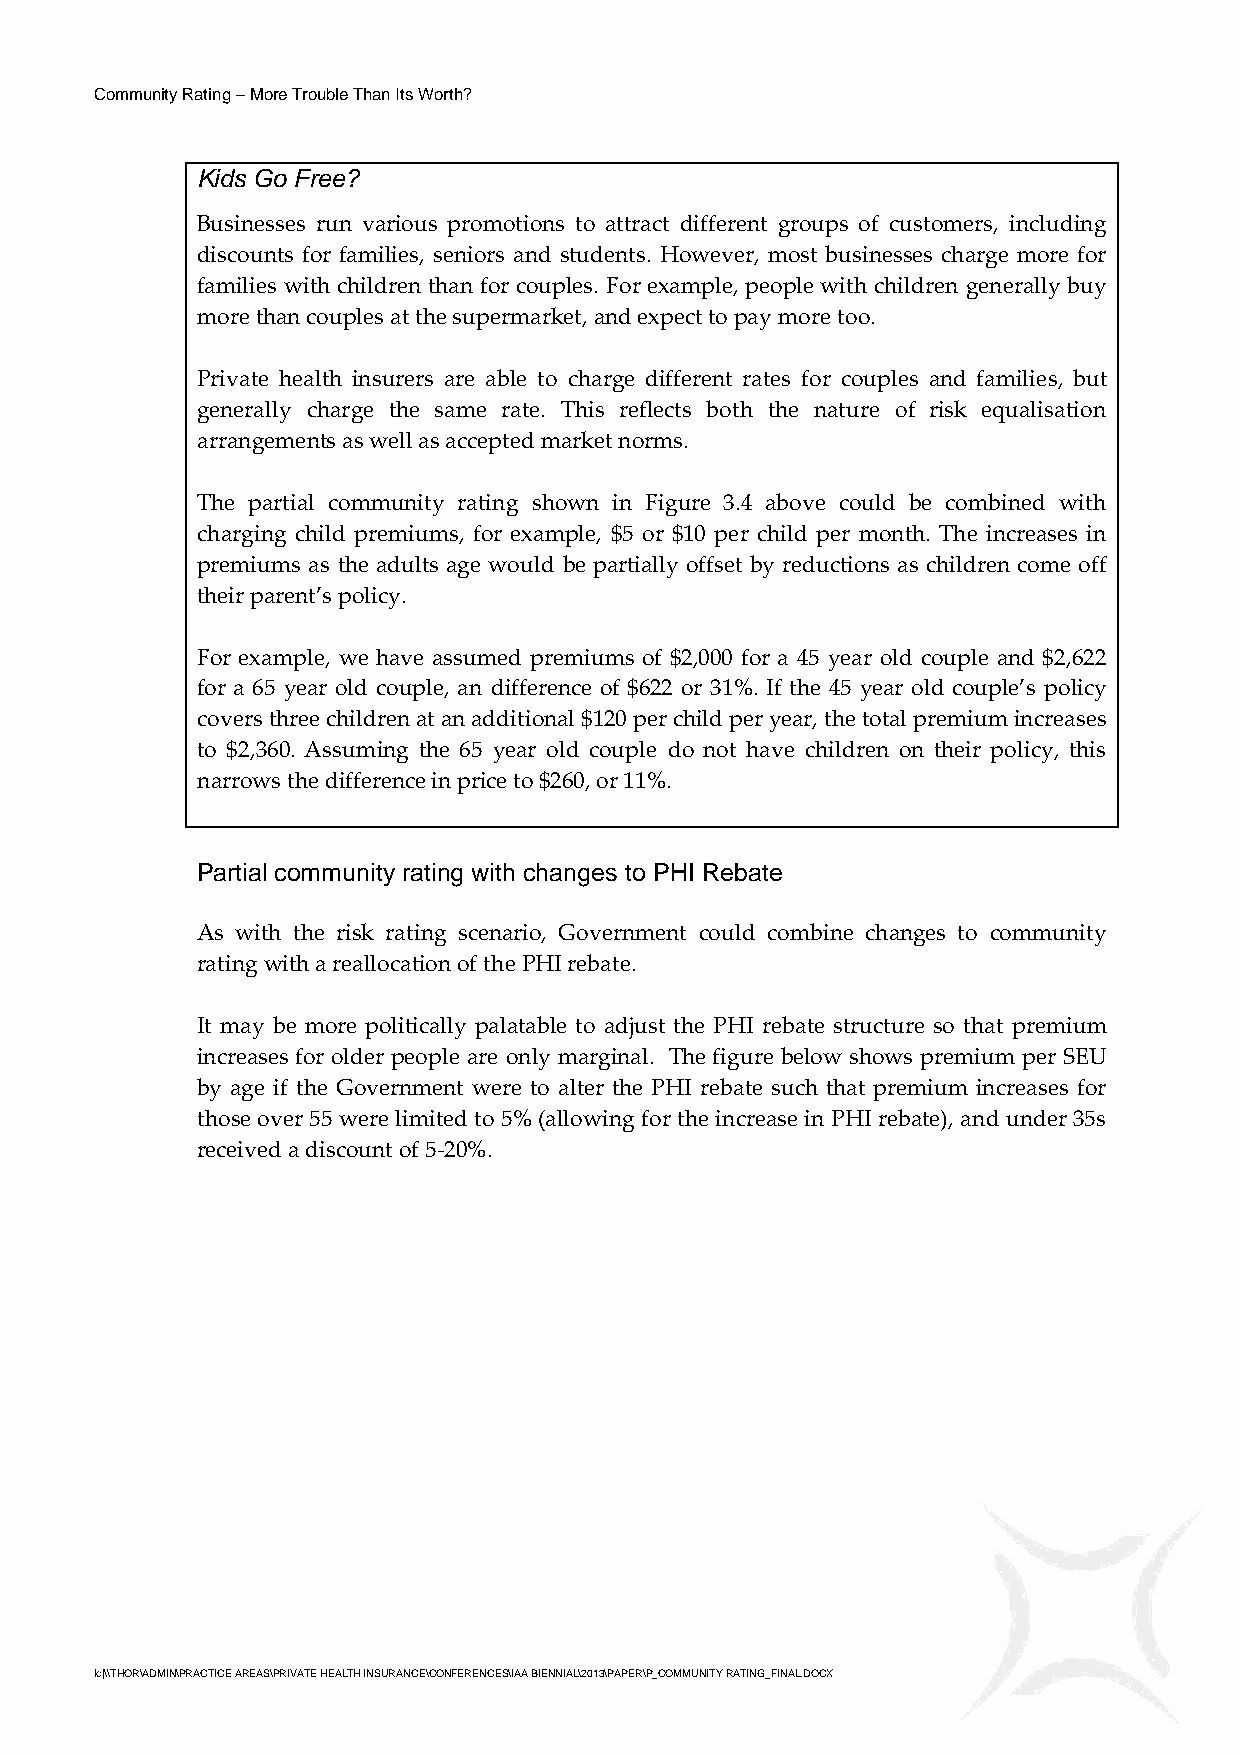
Community Rating – More Trouble Than Its Worth?
 Kids Go Free?
 Businesses run various promotions to attract different groups of customers, including
 discounts for families, seniors and students. However, most businesses charge more for
 families with children than for couples. For example, people with children generally buy
 more than couples at the supermarket, and expect to pay more too.
 Private health insurers are able to charge different rates for couples and families, but
 generally charge the same rate. This reflects both the nature of risk equalisation
 arrangements as well as accepted market norms.
 The partial community rating shown in Figure 3.4 above could be combined with
 charging child premiums, for example, $5 or $10 per child per month. The increases in
 premiums as the adults age would be partially offset by reductions as children come off
 their parent’s policy.
 For example, we have assumed premiums of $2,000 for a 45 year old couple and $2,622
 for a 65 year old couple, an difference of $622 or 31%. If the 45 year old couple’s policy
 covers three children at an additional $120 per child per year, the total premium increases
 to $2,360. Assuming the 65 year old couple do not have children on their policy, this
 narrows the difference in price to $260, or 11%.
 Partial community rating with changes to PHI Rebate
 As with the risk rating scenario, Government could combine changes to community
 rating with a reallocation of the PHI rebate.
 It may be more politically palatable to adjust the PHI rebate structure so that premium
 increases for older people are only marginal. The figure below shows premium per SEU
 by age if the Government were to alter the PHI rebate such that premium increases for
 those over 55 were limited to 5% (allowing for the increase in PHI rebate), and under 35s
 received a discount of 5-20%.
 lc|\\THOR\ADMIN\PRACTICE AREAS\PRIVATE HEALTH INSURANCE\CONFERENCES\IAA BIENNIAL\2013\PAPER\P_COMMUNITY RATING_FINAL.DOCX